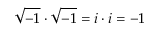
{ \sqrt { - 1 } } \cdot { \sqrt { - 1 } } = i \cdot i = - 1